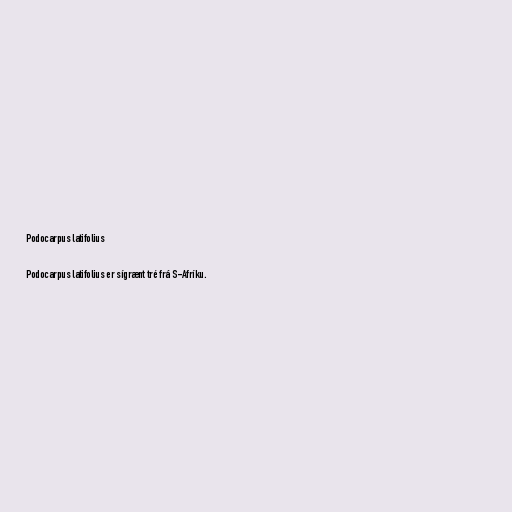
Podocarpus latifolius

Podocarpus latifolius er sígrænt tré frá S-Afríku.